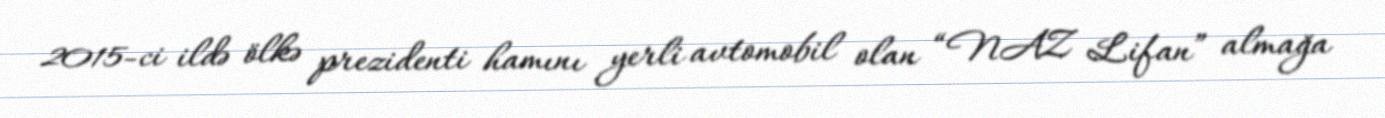
2015-ci ildə ölkə prezidenti hamını yerli avtomobil olan “NAZ Lifan” almağa